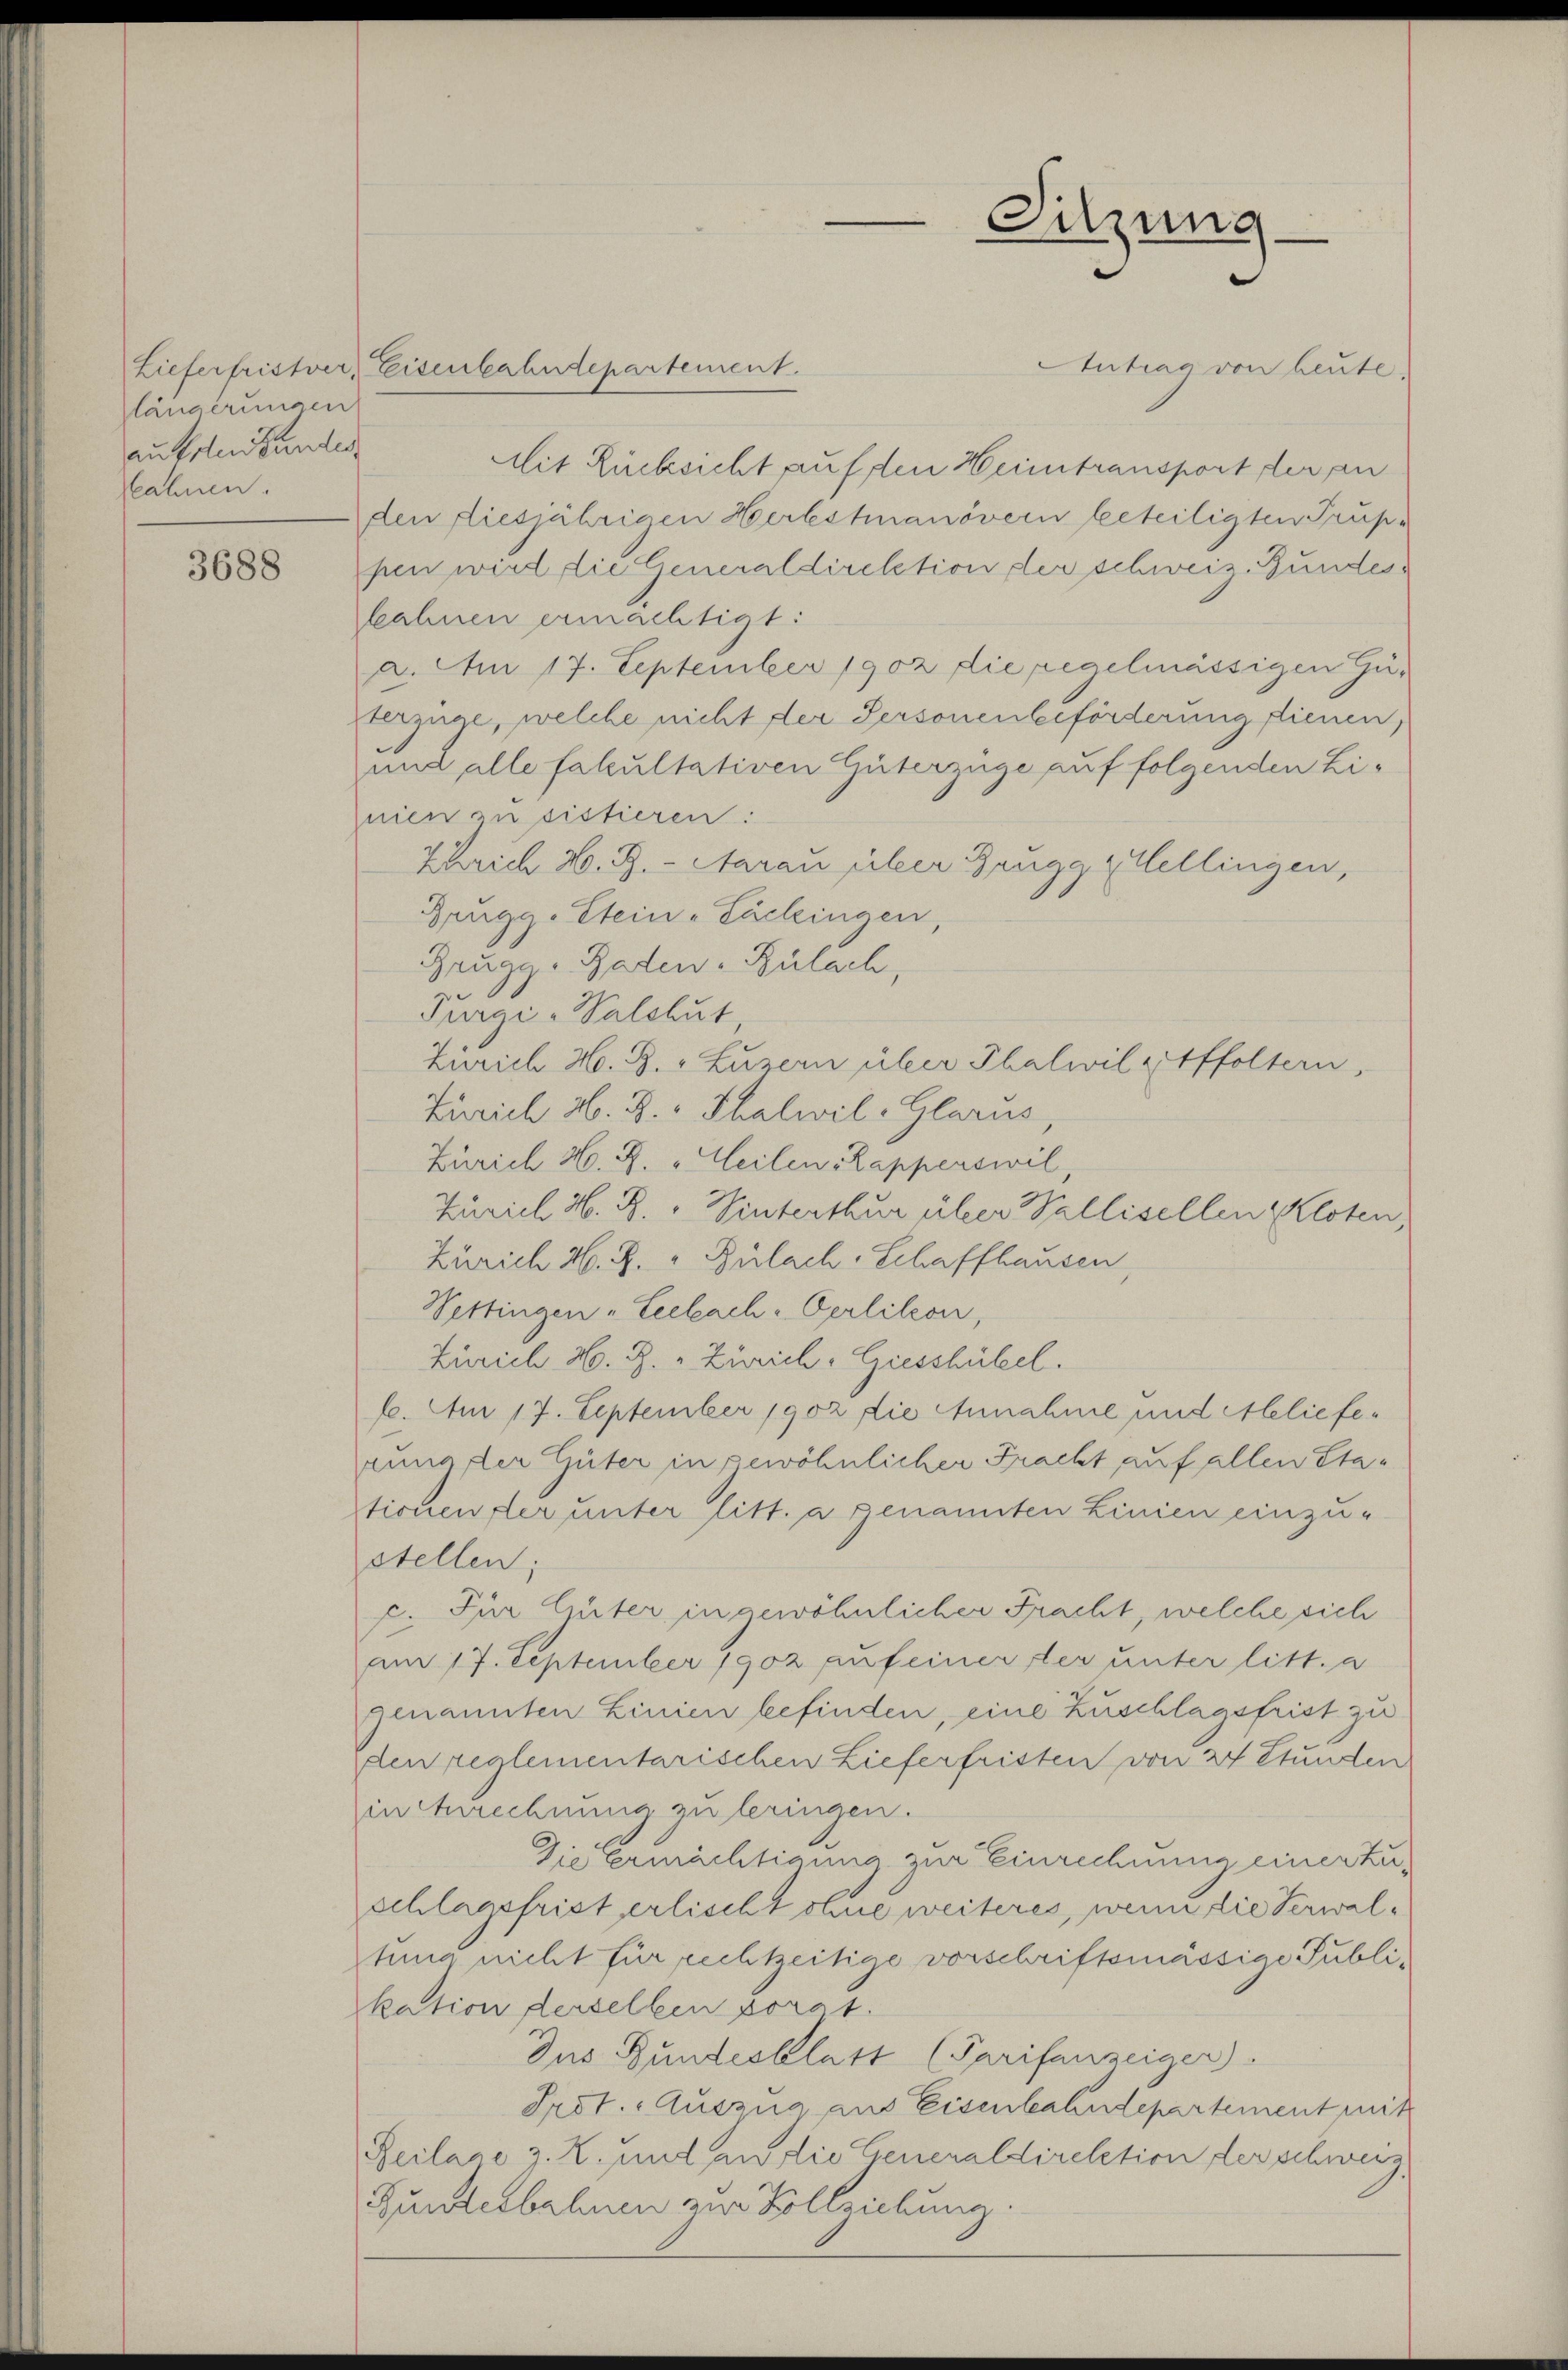
längerungen
auholen Bundes
fahnen.

3688

Lieferfristver, Eisenbahndepartement.

Sitzung

Atutrian von Leute.
Mit Rücksicht auf den Heimtransport der an
den diesjährigen Herbstmanövern beteiligten Trup-
pen wird die Generaldirektion der schweiz. Bundesbahnen ermächtigt:
2. Am 17. September 1902 die regelmässigen Güberzüge, welche nicht der Personenbeförderung dienen,
und alle fakultativen Güterzüge auf folgenden Li¬
Inien zu sistieren.
Zlrich H. Z. - Aarau über Brugg (Wellingen,
Brugg-Stein-Tuchingen,
Brugg, Baden-Bülach,
Pugi-Salshut
Zürich H. B. Luzern über Thalwil-Affoltern,
Zürich H. B. Thalwil-Glarus
Zürich H. R. "Heilen Kapperswil,
Zürich H. R. Winterthur über Wallisellen Kloten,
Zürich H. Z. " Bülach. Schaffhausen
Vettingen „Leebach-Oerlikon,
Zürich H. R. Zürich, Geesshübel.
6. Am 17. September 1902 die Annahme und Melieferung der Güter in gewöhnlicher Fracht auf allen Stationen der unter Litt. a genannten Linien einzu-
stellen;
c. Für Güter in gewöhnlicher Fracht, welche sich
am 17. September 1902 auf einer der unter litt. a
genannten Linien befinden, eine Zuschlagsfrist zu
en reglementarischen Lieferfristen von 24 Stunden
in Anrechnung zu leringen.
Die Ermächtigung zur Einrechnung einer zuschlagsfrist erlischt ohne weiteres, wenn die Verwaltung nicht für rechtzeitige vorschriftsmässige Publikation derselben porat.
Dus Bundesblatt (Tarifenzeiger).
Prot. Auszug aus Eisenbahndepartement mit
Reilage z. Z. und an die Generaldirektion der schweiz.
Bunderbahnen zur Vollziehung.